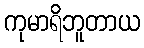
ကုမာရိဘူတာယ